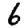
Digit: 6